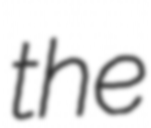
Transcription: the